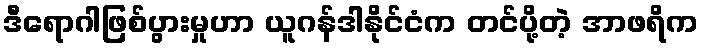
ဒီရောဂါဖြစ်ပွားမှုဟာ ယူဂန်ဒါနိုင်ငံက တင်ပို့တဲ့ အာဖရိက